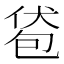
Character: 𰅞